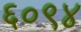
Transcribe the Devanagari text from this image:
६०९४